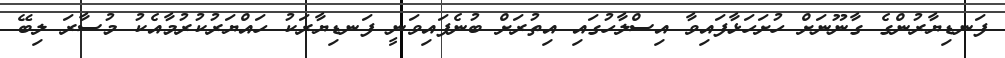
ފަނޑިޔާރުންގެ ގާނޫނަށް ހުށަހަޅާފައިވާ އިސްލާހުގައި އިތުރަށް ބުނެފައިވަނީ ފަނޑިޔާރަކު ހައްޔަރުކުރުމާއެކު މުސާރަ ލިބޭ